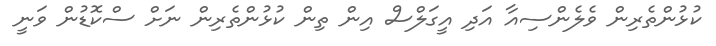
ކުޅުންތެރިން ވެލެންސިއާ އަދި އީގަލްސް އިން ތިން ކުޅުންތެރިން ނަށް ސްކޮޑުން ވަނީ